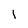
Character: 1